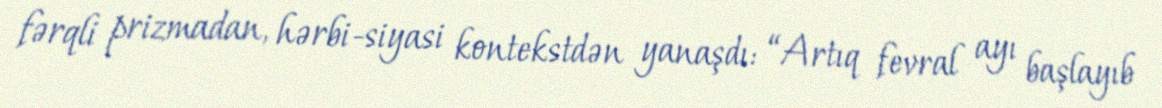
fərqli prizmadan, hərbi-siyasi kontekstdən yanaşdı: “Artıq fevral ayı başlayıb